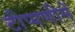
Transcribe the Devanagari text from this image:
टीप्‍पणीमें